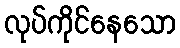
လုပ်ကိုင်နေသော